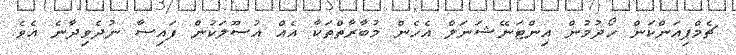
ޗެމްޕިއަންކަން ހޯދުމުން އިންޓަނޭޝަނަލް އެހެން މުބާރާތްތަކާ އެއް އުސޫލަކުން ފައިސާ ނުދެވިދާނެ އެވެ.